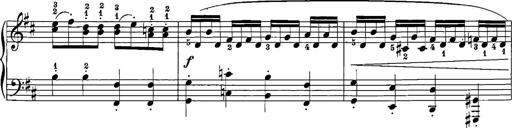
Title: 12 Sonatinas
Composer: Ignaz Pleyel